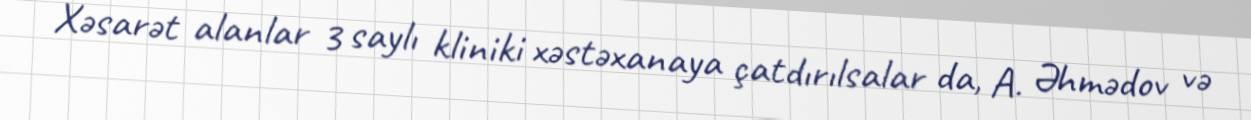
Xəsarət alanlar 3 saylı kliniki xəstəxanaya çatdırılsalar da, A. Əhmədov və